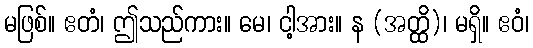
မဖြစ်။ ဧတံ၊ ဤသည်ကား။ မေ၊ ငါ့အား။ န (အတ္ထိ)၊ မရှိ။ ဧဝံ၊